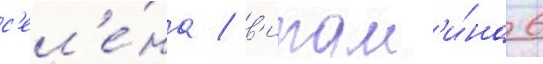
с'ел'е́на / в'итам'и́на 6